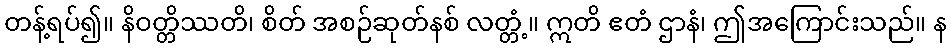
တန့်ရပ်၍။ နိဝတ္တိဿတိ၊ စိတ် အစဉ်ဆုတ်နစ် လတ္တံ့။ ဣတိ ဧတံ ဌာနံ၊ ဤအကြောင်းသည်။ န